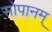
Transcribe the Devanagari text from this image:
सोपानम्